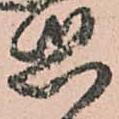
惑